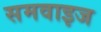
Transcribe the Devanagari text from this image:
समवाइज